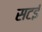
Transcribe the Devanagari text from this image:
सटई